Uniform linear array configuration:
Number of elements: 4
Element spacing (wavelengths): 0.5
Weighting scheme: hann
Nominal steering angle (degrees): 0
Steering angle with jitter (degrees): -0.1677
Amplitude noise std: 0.05
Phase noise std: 0.05

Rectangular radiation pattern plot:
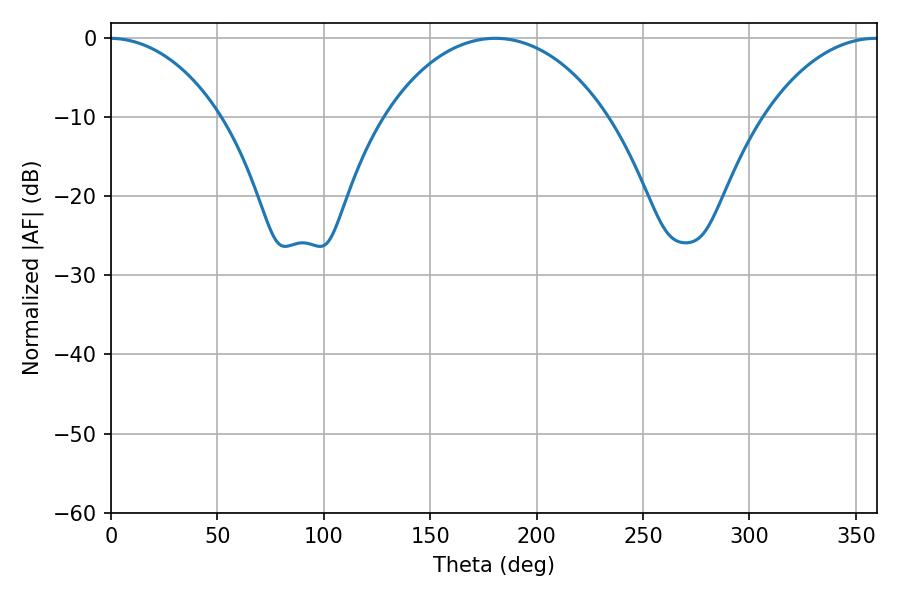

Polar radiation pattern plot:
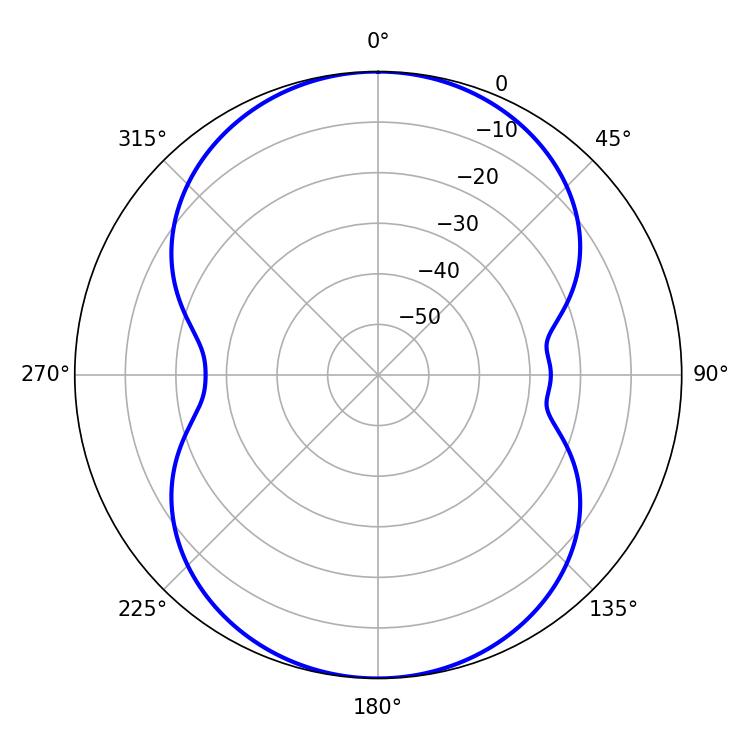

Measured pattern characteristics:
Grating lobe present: FALSE
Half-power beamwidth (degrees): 59.94
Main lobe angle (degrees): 180.54